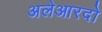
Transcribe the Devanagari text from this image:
अलेआरदो